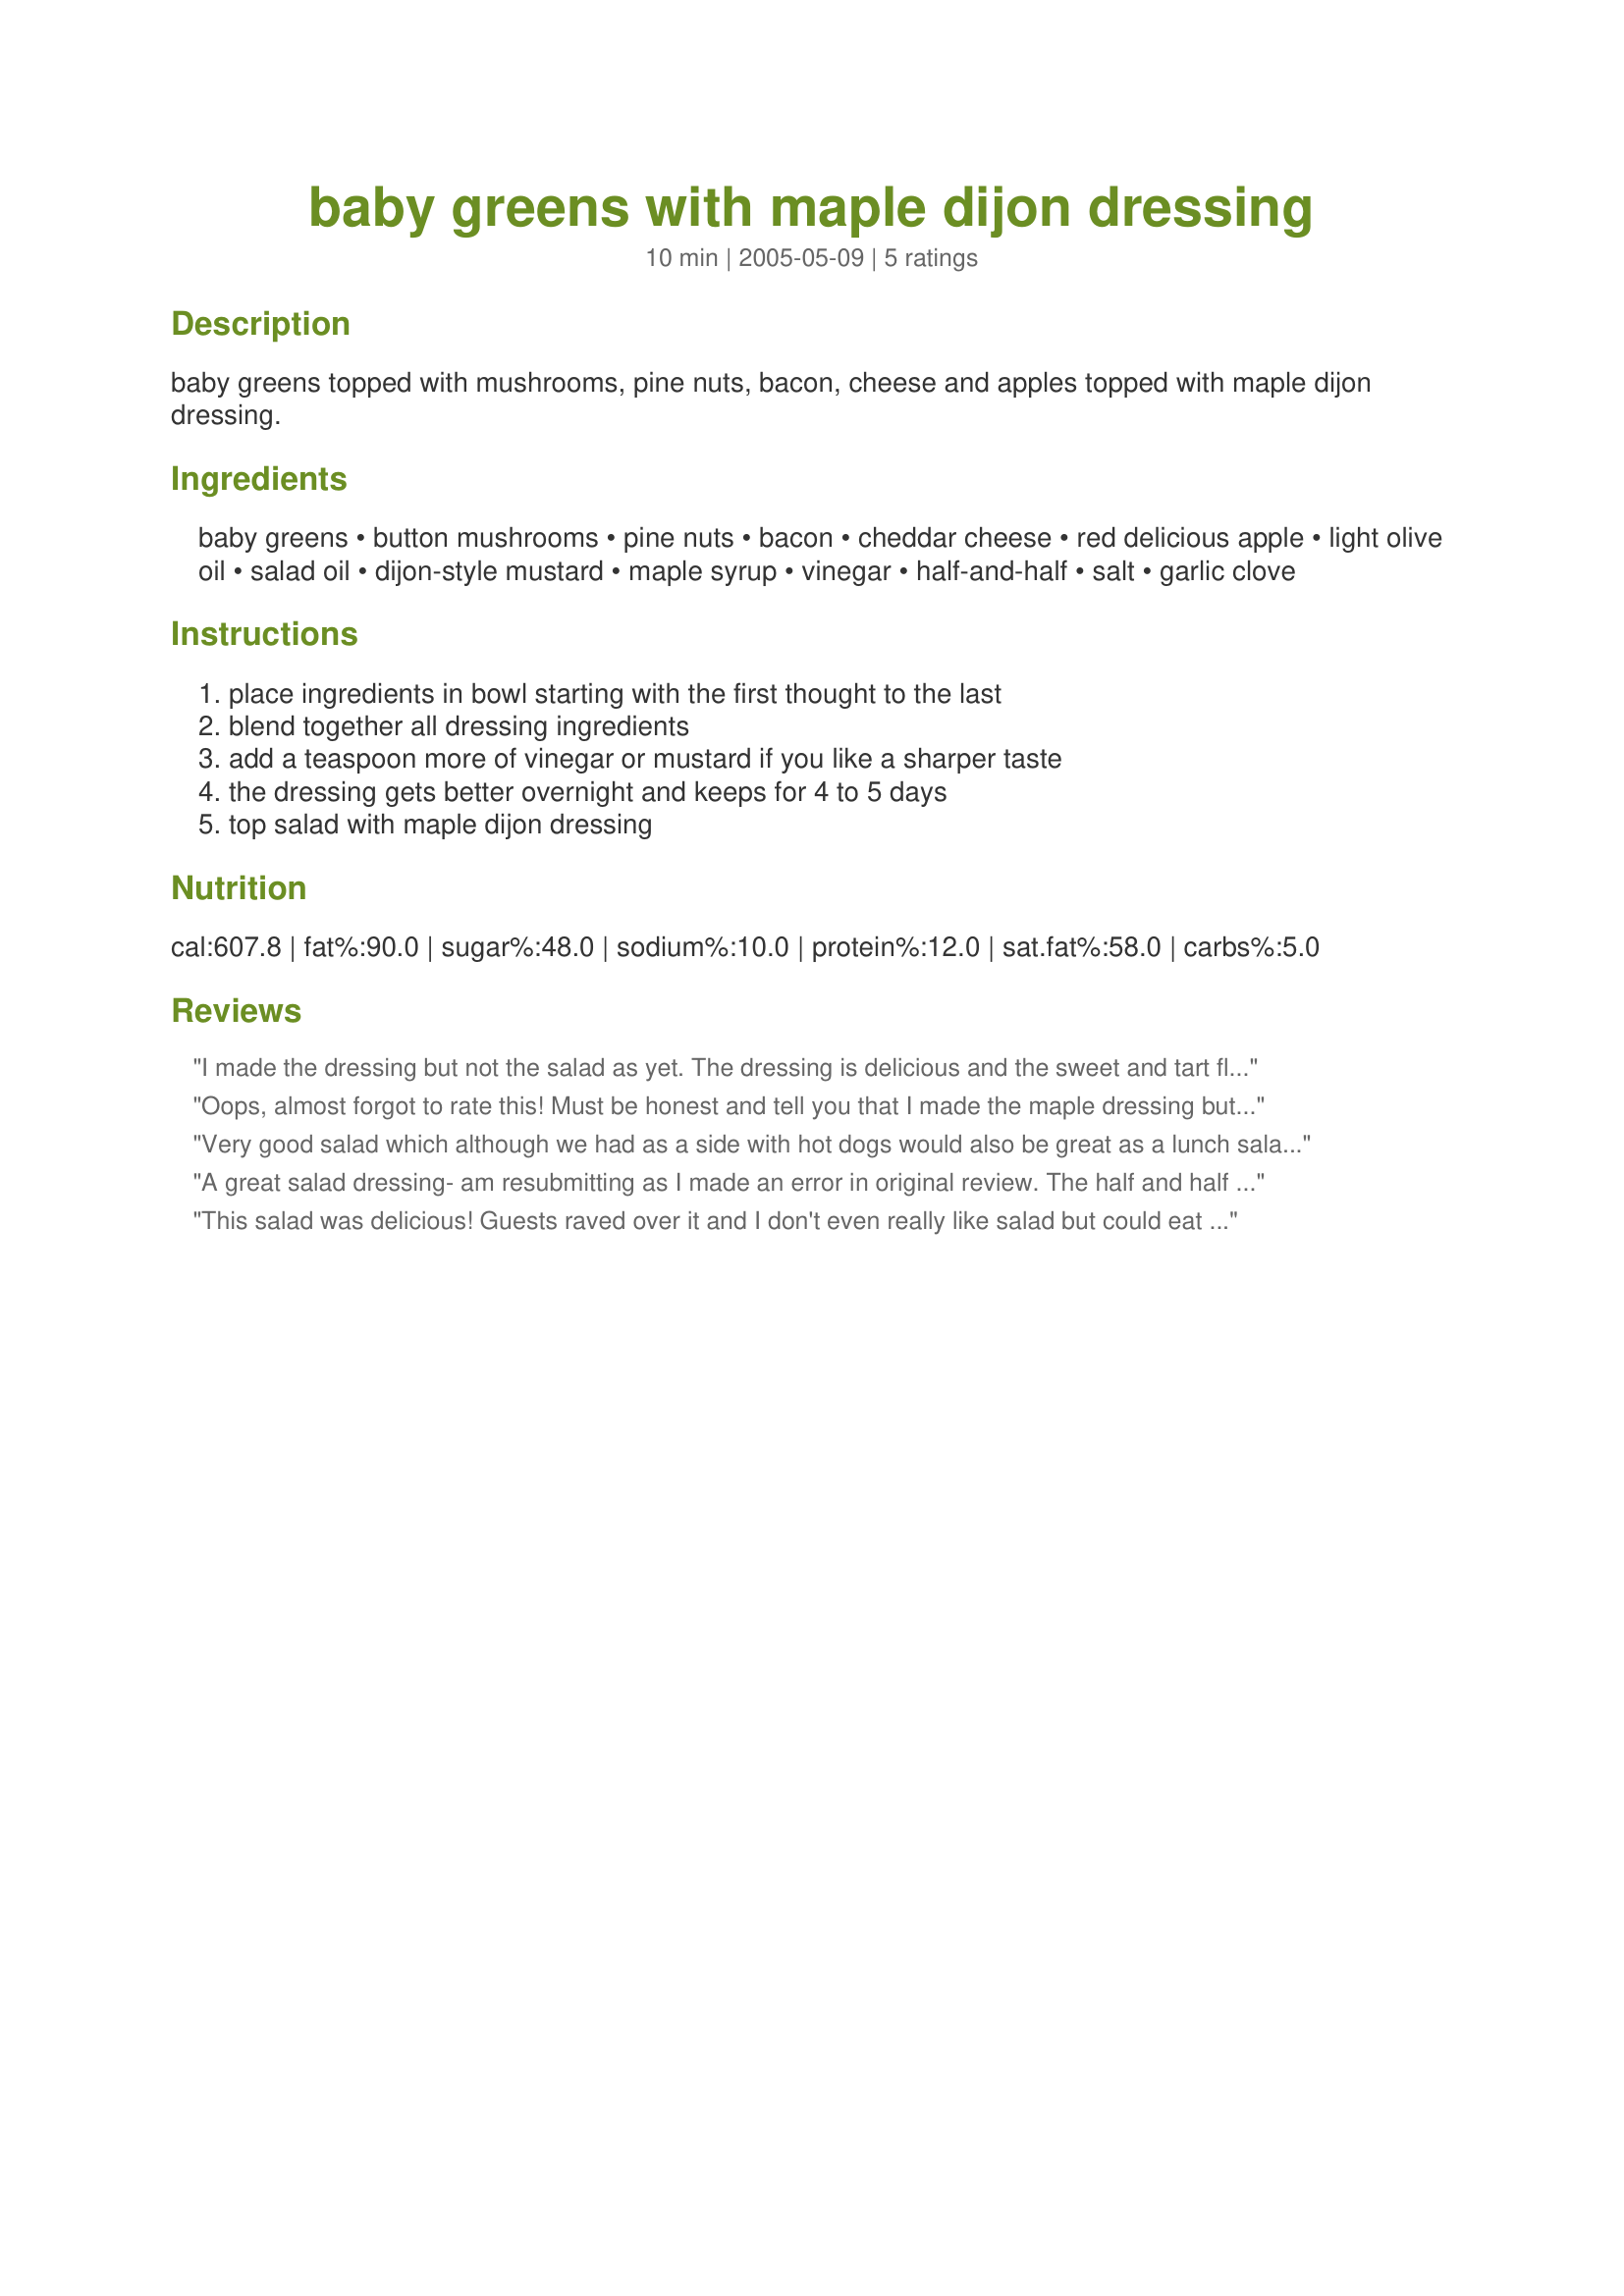
baby greens with maple dijon dressing
Preparation time: 10 minutes

baby greens topped with mushrooms, pine nuts, bacon, cheese and apples topped with maple dijon dressing.

Ingredients:
baby greens, button mushrooms, pine nuts, bacon, cheddar cheese, red delicious apple, light olive oil, salad oil, dijon-style mustard, maple syrup, vinegar, half-and-half, salt, garlic clove

Steps:
place ingredients in bowl starting with the first thought to the last, blend together all dressing ingredients, add a teaspoon more of vinegar or mustard if you like a sharper taste, the dressing gets better overnight and keeps for 4 to 5 days, top salad with maple dijon dressing

Reviews:
I made the dressing but not the salad as yet. The dressing is delicious and the sweet and tart flavors are just to my liking. I lowered the fat content considerably and made this vegan by omitting the olive oil and half and half, and substituting Silk coffee creamer for both. Silk has just 1 gram of fat per tablespoon, while oil has about 14 grams. Not sure of the fat content of half and half but Silk has much less. I will be using this on a salad of spinach leaves, mandarin oranges, apple slices, spiced pecans and red onion.
Oops, almost forgot to rate this! Must be honest and tell you that I made the maple dressing but use it on a different green salad. Not a big thing cause it was and is this marvelous sweet and tangy dressing that is to die for! With the dressing I used apple cider vinegar which I highly suggest for health reasons as well as flavor. Well, Ms. Rita, again, a winner!
Very good salad which although we had as a side with hot dogs would also be great as a lunch salad with some muffins or bread. The only change I made was instead of button mushrooms (couldn't find any) I used 4 regular mushrooms and a bit more pine nuts. Thanks for sharing!
A great salad dressing- am resubmitting as I made an error in original review. The half and half made it very creamy. Used it on a salad of baby spinach, mesclun, green onions and radishes from the garden with the addition of pine nuts, bacon bits and chunks of old cheddar. Thanks Rita for a dressing I will use frequently
This salad was delicious! Guests raved over it and I don't even really like salad but could eat this for a while meal I think. Dressing really has a light sweet tangy flavor with the dijon and the maple.
